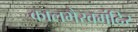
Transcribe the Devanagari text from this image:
कालभैरवमंदिर